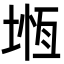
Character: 堩